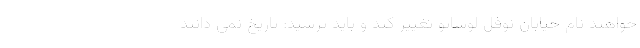
خواهند نام خیابان نوفل لوشاتو تغییر کند و باید پرسید: تاریخ نمی دانند